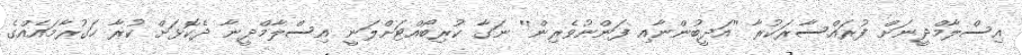
އިސްލާމްދީނަށް ފުރައްސާރަކުރާ ''އަދީބުންނާއި ފަންނުވެރިން'' ނަގާ ކުރިބޯއްޓަށްލަނީ އިސްލާމްދީނާ ދެކޮޅަށް ކުރާ ހަގުރާމައެއްގެ